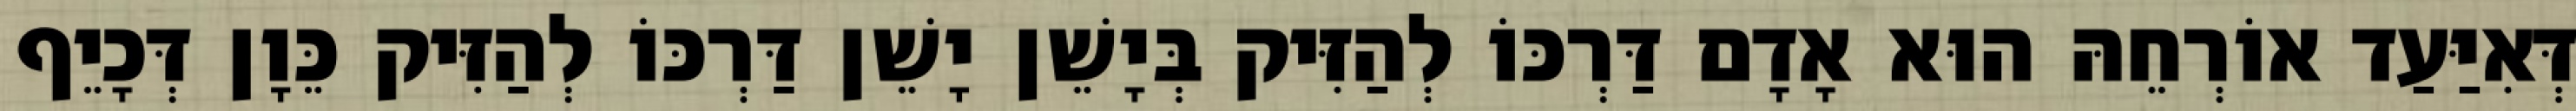
דְּאִיַּעַד אוֹרְחֵהּ הוּא אָדָם דַּרְכּוֹ לְהַזִּיק בְּיָשֵׁן יָשֵׁן דַּרְכּוֹ לְהַזִּיק כֵּוָן דְּכָיֵף